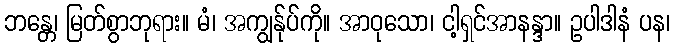
ဘန္တေ၊ မြတ်စွာဘုရား။ မံ၊ အကျွန်ုပ်ကို။ အာဝုသော၊ ငါ့ရှင်အာနန္ဒာ။ ဥပါဒါနံ ပန၊